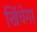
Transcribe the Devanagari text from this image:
खिंचेगा